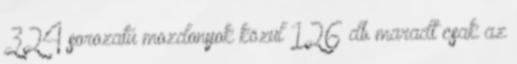
324 sorozatú mozdonyok közül 126 db maradt csak az